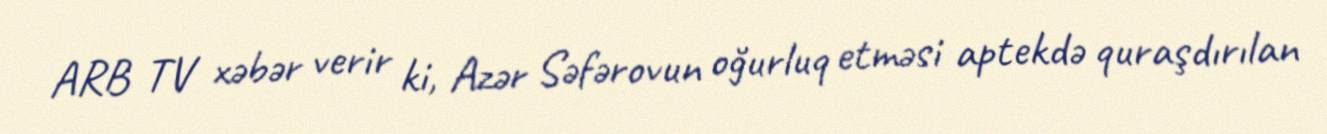
ARB TV xəbər verir ki, Azər Səfərovun oğurluq etməsi aptekdə quraşdırılan